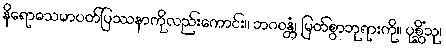
နိရောဓသမာပတ်ပြဿနာကိုလည်းကောင်း။ ဘဂဝန္တံ၊ မြတ်စွာဘုရားကို။ ပုစ္ဆိံသု၊